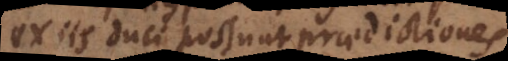
ex iis duci possunt praedictiones